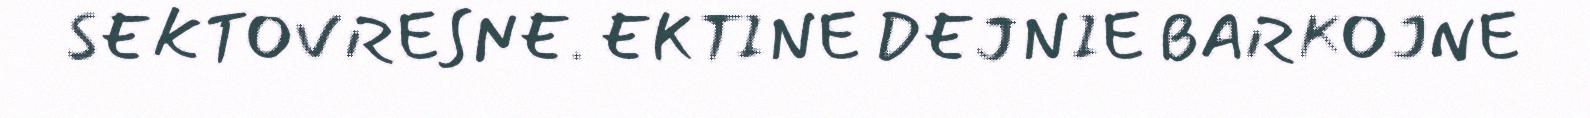
SEKTOVRESNE. EKTINE DEJNIE BARKOJNE